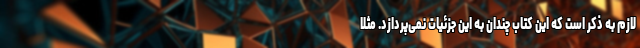
لازم به ذکر است که این کتاب چندان به این جزئیات نمی‌پردازد. مثلاً